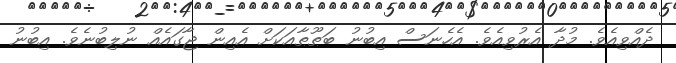
ދެއްވިއެވެ. މުދާ އެރުވިއެވެ. އެހެނަސް އިބުނު ބަޠޫޠާއަކަށް އެއިން ޖާގައެއް ނުލިބުނެވެ. އިބުނު